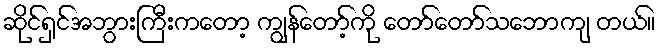
ဆိုင်ရှင်အဘွားကြီးကတော့ ကျွန်တော့်ကို တော်တော်သဘောကျ တယ်။